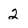
Character: 2